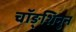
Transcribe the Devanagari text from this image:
चॉङ्शिनुन